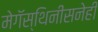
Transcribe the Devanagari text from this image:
मेगॅस्थिनीसनेही